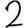
Digit: 2